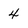
Character: 4